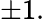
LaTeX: \pm 1.